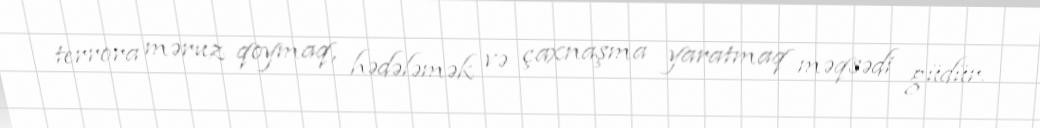
terrora məruz qoymaq, hədələmək və çaxnaşma yaratmaq məqsədi güdür.